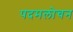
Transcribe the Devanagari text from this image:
पदमलोचन